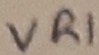
Text: VR1